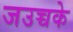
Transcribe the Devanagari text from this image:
जउच्चके